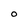
Character: O